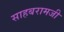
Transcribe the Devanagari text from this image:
साहबरामजी